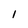
Character: l